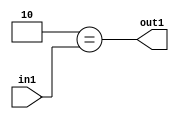
`timescale 1ps / 1ps
/*****************************************************************************
    Verilog RTL Description
    
    
    Created by: Stratus DpOpt 2019.1.01 
*******************************************************************************/

module DC_Filter_Eqi2u2_1 (
	in1,
	out1
	); /* architecture "behavioural" */ 
input [1:0] in1;
output  out1;
wire  asc001;

assign asc001 = (7'B0000010==in1);

assign out1 = asc001;
endmodule

/* CADENCE  urX5TA8= : u9/ySgnWtBlWxVPRXgAZ4Og= ** DO NOT EDIT THIS LINE ******/